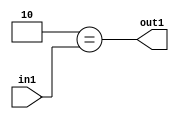
`timescale 1ps / 1ps
/*****************************************************************************
    Verilog RTL Description
    
    
    Created by: Stratus DpOpt 2019.1.01 
*******************************************************************************/

module DC_Filter_Eqi2u2_1 (
	in1,
	out1
	); /* architecture "behavioural" */ 
input [1:0] in1;
output  out1;
wire  asc001;

assign asc001 = (7'B0000010==in1);

assign out1 = asc001;
endmodule

/* CADENCE  urX5TA8= : u9/ySgnWtBlWxVPRXgAZ4Og= ** DO NOT EDIT THIS LINE ******/